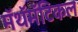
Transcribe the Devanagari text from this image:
मॅथॅमॅटिकल